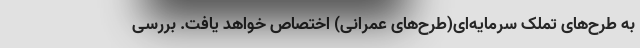
به طرح‌های تملک سرمایه‌ای(طرح‌های عمرانی) اختصاص خواهد یافت. بررسی